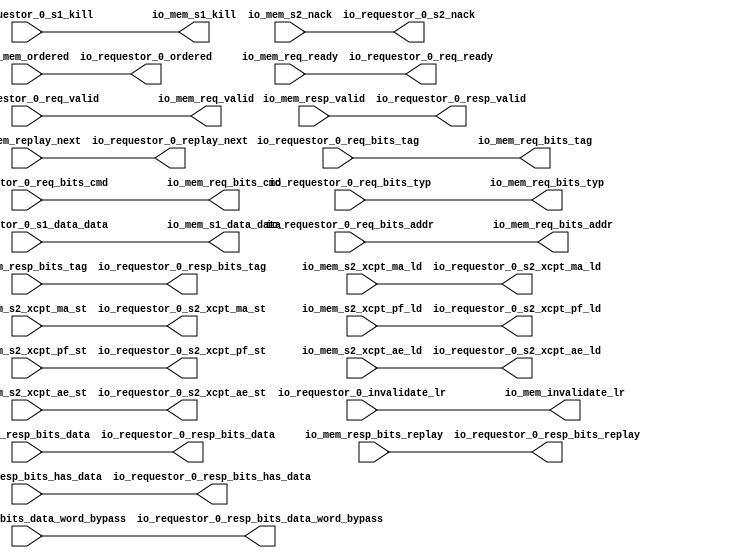
// Copyright (c) 2017, Microsemi Corporation
// All rights reserved.
//
// Redistribution and use in source and binary forms, with or without
// modification, are permitted provided that the following conditions are met:
//     * Redistributions of source code must retain the above copyright
//       notice, this list of conditions and the following disclaimer.
//     * Redistributions in binary form must reproduce the above copyright
//       notice, this list of conditions and the following disclaimer in the
//       documentation and/or other materials provided with the distribution.
//     * Neither the name of the <organization> nor the
//       names of its contributors may be used to endorse or promote products
//       derived from this software without specific prior written permission.
//
// THIS SOFTWARE IS PROVIDED BY THE COPYRIGHT HOLDERS AND CONTRIBUTORS "AS IS" AND
// ANY EXPRESS OR IMPLIED WARRANTIES, INCLUDING, BUT NOT LIMITED TO, THE IMPLIED
// WARRANTIES OF MERCHANTABILITY AND FITNESS FOR A PARTICULAR PURPOSE ARE
// DISCLAIMED. IN NO EVENT SHALL MICROSEMI CORPORATIONM BE LIABLE FOR ANY
// DIRECT, INDIRECT, INCIDENTAL, SPECIAL, EXEMPLARY, OR CONSEQUENTIAL DAMAGES
// (INCLUDING, BUT NOT LIMITED TO, PROCUREMENT OF SUBSTITUTE GOODS OR SERVICES;
// LOSS OF USE, DATA, OR PROFITS; OR BUSINESS INTERRUPTION) HOWEVER CAUSED AND
// ON ANY THEORY OF LIABILITY, WHETHER IN CONTRACT, STRICT LIABILITY, OR TORT
// (INCLUDING NEGLIGENCE OR OTHERWISE) ARISING IN ANY WAY OUT OF THE USE OF THIS
// SOFTWARE, EVEN IF ADVISED OF THE POSSIBILITY OF SUCH DAMAGE.
//
// APACHE LICENSE
// Copyright (c) 2017, Microsemi Corporation 
//
// Licensed under the Apache License, Version 2.0 (the "License");
// you may not use this file except in compliance with the License.
// You may obtain a copy of the License at
//
//    http://www.apache.org/licenses/LICENSE-2.0
//
// Unless required by applicable law or agreed to in writing, software
// distributed under the License is distributed on an "AS IS" BASIS,
// WITHOUT WARRANTIES OR CONDITIONS OF ANY KIND, either express or implied.
// See the License for the specific language governing permissions and
// limitations under the License.
//
// Description:
//
// SVN Revision Information:
// SVN $Revision: $
// SVN $Date: $
//
// Resolved SARs
// SAR      Date     Who   Description
//
// Notes:
//
// ****************************************************************************/
`ifndef RANDOMIZE_REG_INIT 
	 `define RANDOMIZE_REG_INIT 
 `endif
`ifndef RANDOMIZE_MEM_INIT 
	 `define RANDOMIZE_MEM_INIT 
 `endif
`ifndef RANDOMIZE 
	 `define RANDOMIZE 
`endif

`timescale 1ns/10ps
module MiV_Core32_MiV_Core32_0_MIV_RV32IMA_L1_AHB_HELLA_CACHE_ARBITER( // @[:freechips.rocketchip.system.MivRV32ImaL1AhbConfig.fir@106683.2]
  output        io_requestor_0_req_ready, // @[:freechips.rocketchip.system.MivRV32ImaL1AhbConfig.fir@106686.4]
  input         io_requestor_0_req_valid, // @[:freechips.rocketchip.system.MivRV32ImaL1AhbConfig.fir@106686.4]
  input  [31:0] io_requestor_0_req_bits_addr, // @[:freechips.rocketchip.system.MivRV32ImaL1AhbConfig.fir@106686.4]
  input  [5:0]  io_requestor_0_req_bits_tag, // @[:freechips.rocketchip.system.MivRV32ImaL1AhbConfig.fir@106686.4]
  input  [4:0]  io_requestor_0_req_bits_cmd, // @[:freechips.rocketchip.system.MivRV32ImaL1AhbConfig.fir@106686.4]
  input  [2:0]  io_requestor_0_req_bits_typ, // @[:freechips.rocketchip.system.MivRV32ImaL1AhbConfig.fir@106686.4]
  input         io_requestor_0_s1_kill, // @[:freechips.rocketchip.system.MivRV32ImaL1AhbConfig.fir@106686.4]
  input  [31:0] io_requestor_0_s1_data_data, // @[:freechips.rocketchip.system.MivRV32ImaL1AhbConfig.fir@106686.4]
  output        io_requestor_0_s2_nack, // @[:freechips.rocketchip.system.MivRV32ImaL1AhbConfig.fir@106686.4]
  output        io_requestor_0_resp_valid, // @[:freechips.rocketchip.system.MivRV32ImaL1AhbConfig.fir@106686.4]
  output [5:0]  io_requestor_0_resp_bits_tag, // @[:freechips.rocketchip.system.MivRV32ImaL1AhbConfig.fir@106686.4]
  output [31:0] io_requestor_0_resp_bits_data, // @[:freechips.rocketchip.system.MivRV32ImaL1AhbConfig.fir@106686.4]
  output        io_requestor_0_resp_bits_replay, // @[:freechips.rocketchip.system.MivRV32ImaL1AhbConfig.fir@106686.4]
  output        io_requestor_0_resp_bits_has_data, // @[:freechips.rocketchip.system.MivRV32ImaL1AhbConfig.fir@106686.4]
  output [31:0] io_requestor_0_resp_bits_data_word_bypass, // @[:freechips.rocketchip.system.MivRV32ImaL1AhbConfig.fir@106686.4]
  output        io_requestor_0_replay_next, // @[:freechips.rocketchip.system.MivRV32ImaL1AhbConfig.fir@106686.4]
  output        io_requestor_0_s2_xcpt_ma_ld, // @[:freechips.rocketchip.system.MivRV32ImaL1AhbConfig.fir@106686.4]
  output        io_requestor_0_s2_xcpt_ma_st, // @[:freechips.rocketchip.system.MivRV32ImaL1AhbConfig.fir@106686.4]
  output        io_requestor_0_s2_xcpt_pf_ld, // @[:freechips.rocketchip.system.MivRV32ImaL1AhbConfig.fir@106686.4]
  output        io_requestor_0_s2_xcpt_pf_st, // @[:freechips.rocketchip.system.MivRV32ImaL1AhbConfig.fir@106686.4]
  output        io_requestor_0_s2_xcpt_ae_ld, // @[:freechips.rocketchip.system.MivRV32ImaL1AhbConfig.fir@106686.4]
  output        io_requestor_0_s2_xcpt_ae_st, // @[:freechips.rocketchip.system.MivRV32ImaL1AhbConfig.fir@106686.4]
  input         io_requestor_0_invalidate_lr, // @[:freechips.rocketchip.system.MivRV32ImaL1AhbConfig.fir@106686.4]
  output        io_requestor_0_ordered, // @[:freechips.rocketchip.system.MivRV32ImaL1AhbConfig.fir@106686.4]
  input         io_mem_req_ready, // @[:freechips.rocketchip.system.MivRV32ImaL1AhbConfig.fir@106686.4]
  output        io_mem_req_valid, // @[:freechips.rocketchip.system.MivRV32ImaL1AhbConfig.fir@106686.4]
  output [31:0] io_mem_req_bits_addr, // @[:freechips.rocketchip.system.MivRV32ImaL1AhbConfig.fir@106686.4]
  output [5:0]  io_mem_req_bits_tag, // @[:freechips.rocketchip.system.MivRV32ImaL1AhbConfig.fir@106686.4]
  output [4:0]  io_mem_req_bits_cmd, // @[:freechips.rocketchip.system.MivRV32ImaL1AhbConfig.fir@106686.4]
  output [2:0]  io_mem_req_bits_typ, // @[:freechips.rocketchip.system.MivRV32ImaL1AhbConfig.fir@106686.4]
  output        io_mem_s1_kill, // @[:freechips.rocketchip.system.MivRV32ImaL1AhbConfig.fir@106686.4]
  output [31:0] io_mem_s1_data_data, // @[:freechips.rocketchip.system.MivRV32ImaL1AhbConfig.fir@106686.4]
  input         io_mem_s2_nack, // @[:freechips.rocketchip.system.MivRV32ImaL1AhbConfig.fir@106686.4]
  input         io_mem_resp_valid, // @[:freechips.rocketchip.system.MivRV32ImaL1AhbConfig.fir@106686.4]
  input  [5:0]  io_mem_resp_bits_tag, // @[:freechips.rocketchip.system.MivRV32ImaL1AhbConfig.fir@106686.4]
  input  [31:0] io_mem_resp_bits_data, // @[:freechips.rocketchip.system.MivRV32ImaL1AhbConfig.fir@106686.4]
  input         io_mem_resp_bits_replay, // @[:freechips.rocketchip.system.MivRV32ImaL1AhbConfig.fir@106686.4]
  input         io_mem_resp_bits_has_data, // @[:freechips.rocketchip.system.MivRV32ImaL1AhbConfig.fir@106686.4]
  input  [31:0] io_mem_resp_bits_data_word_bypass, // @[:freechips.rocketchip.system.MivRV32ImaL1AhbConfig.fir@106686.4]
  input         io_mem_replay_next, // @[:freechips.rocketchip.system.MivRV32ImaL1AhbConfig.fir@106686.4]
  input         io_mem_s2_xcpt_ma_ld, // @[:freechips.rocketchip.system.MivRV32ImaL1AhbConfig.fir@106686.4]
  input         io_mem_s2_xcpt_ma_st, // @[:freechips.rocketchip.system.MivRV32ImaL1AhbConfig.fir@106686.4]
  input         io_mem_s2_xcpt_pf_ld, // @[:freechips.rocketchip.system.MivRV32ImaL1AhbConfig.fir@106686.4]
  input         io_mem_s2_xcpt_pf_st, // @[:freechips.rocketchip.system.MivRV32ImaL1AhbConfig.fir@106686.4]
  input         io_mem_s2_xcpt_ae_ld, // @[:freechips.rocketchip.system.MivRV32ImaL1AhbConfig.fir@106686.4]
  input         io_mem_s2_xcpt_ae_st, // @[:freechips.rocketchip.system.MivRV32ImaL1AhbConfig.fir@106686.4]
  output        io_mem_invalidate_lr, // @[:freechips.rocketchip.system.MivRV32ImaL1AhbConfig.fir@106686.4]
  input         io_mem_ordered // @[:freechips.rocketchip.system.MivRV32ImaL1AhbConfig.fir@106686.4]
);
  assign io_requestor_0_req_ready = io_mem_req_ready;
  assign io_requestor_0_s2_nack = io_mem_s2_nack;
  assign io_requestor_0_resp_valid = io_mem_resp_valid;
  assign io_requestor_0_resp_bits_tag = io_mem_resp_bits_tag;
  assign io_requestor_0_resp_bits_data = io_mem_resp_bits_data;
  assign io_requestor_0_resp_bits_replay = io_mem_resp_bits_replay;
  assign io_requestor_0_resp_bits_has_data = io_mem_resp_bits_has_data;
  assign io_requestor_0_resp_bits_data_word_bypass = io_mem_resp_bits_data_word_bypass;
  assign io_requestor_0_replay_next = io_mem_replay_next;
  assign io_requestor_0_s2_xcpt_ma_ld = io_mem_s2_xcpt_ma_ld;
  assign io_requestor_0_s2_xcpt_ma_st = io_mem_s2_xcpt_ma_st;
  assign io_requestor_0_s2_xcpt_pf_ld = io_mem_s2_xcpt_pf_ld;
  assign io_requestor_0_s2_xcpt_pf_st = io_mem_s2_xcpt_pf_st;
  assign io_requestor_0_s2_xcpt_ae_ld = io_mem_s2_xcpt_ae_ld;
  assign io_requestor_0_s2_xcpt_ae_st = io_mem_s2_xcpt_ae_st;
  assign io_requestor_0_ordered = io_mem_ordered;
  assign io_mem_req_valid = io_requestor_0_req_valid;
  assign io_mem_req_bits_addr = io_requestor_0_req_bits_addr;
  assign io_mem_req_bits_tag = io_requestor_0_req_bits_tag;
  assign io_mem_req_bits_cmd = io_requestor_0_req_bits_cmd;
  assign io_mem_req_bits_typ = io_requestor_0_req_bits_typ;
  assign io_mem_s1_kill = io_requestor_0_s1_kill;
  assign io_mem_s1_data_data = io_requestor_0_s1_data_data;
  assign io_mem_invalidate_lr = io_requestor_0_invalidate_lr;
endmodule